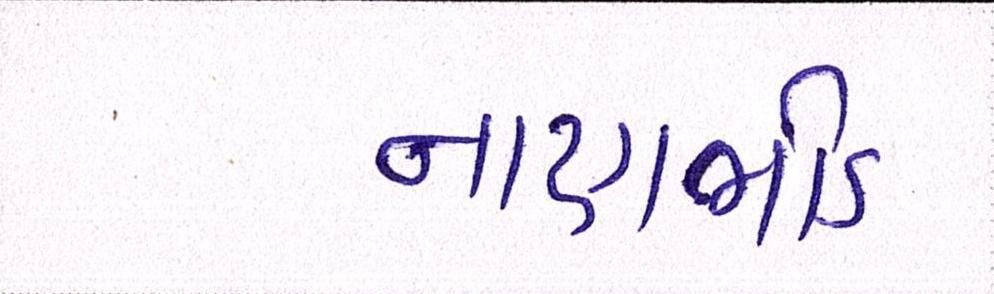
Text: નાણાભીડ